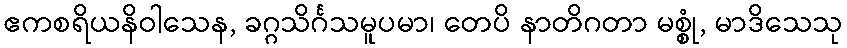
ဧကစရိယနိဝါသေန, ခဂ္ဂသိင်္ဂသမူပမာ၊ တေပိ နာတိဂတာ မစ္စုံ, မာဒိသေသု